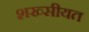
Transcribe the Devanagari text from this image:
शख्सीयत